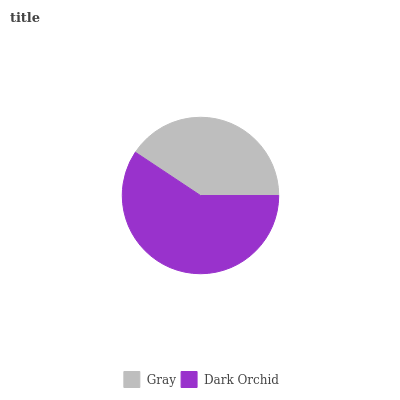
| Gray | Dark Orchid |
 | --- | --- |
 | 40.7% | 59.3% |